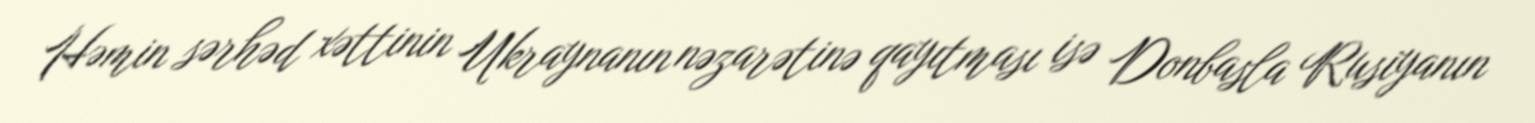
Həmin sərhəd xəttinin Ukraynanın nəzarətinə qayıtması isə Donbasla Rusiyanın